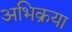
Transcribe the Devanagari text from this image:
अभिक्रया